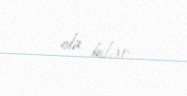
ola bilər.